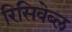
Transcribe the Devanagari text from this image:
रिसिवेब्ल